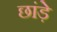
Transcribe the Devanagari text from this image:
छांड़े